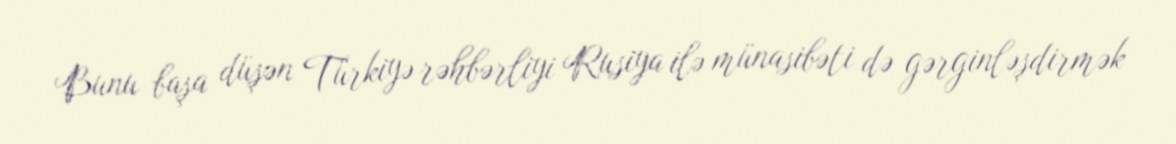
Bunu başa düşən Türkiyə rəhbərliyi Rusiya ilə münasibəti də gərginləşdirmək